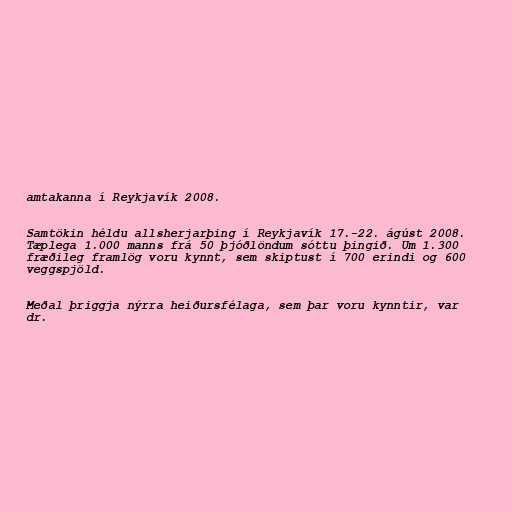
amtakanna í Reykjavík 2008.

Samtökin héldu allsherjarþing í Reykjavík 17.-22. ágúst 2008.
Tæplega 1.000 manns frá 50 þjóðlöndum sóttu þingið. Um 1.300
fræðileg framlög voru kynnt, sem skiptust í 700 erindi og 600
veggspjöld.

Meðal þriggja nýrra heiðursfélaga, sem þar voru kynntir, var
dr.